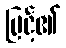
မြင့်၏